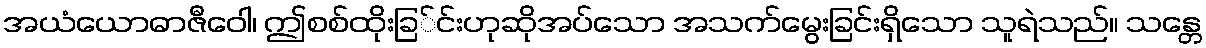
အယံယောဓာဇီဝေါ၊ ဤစစ်ထိုးခြ်င်းဟုဆိုအပ်သော အသက်မွေးခြင်းရှိသော သူရဲသည်။ သန္တေ